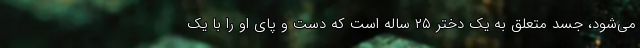
می‌شود، جسد متعلق به یک دختر ۲۵ ساله است که دست و پای او را با یک